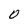
Character: 0